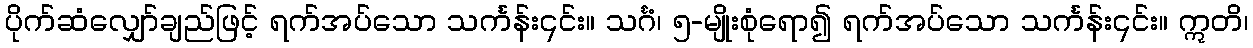
ပိုက်ဆံလျှော်ချည်ဖြင့် ရက်အပ်သော သင်္ကန်း၎င်း။ သင်္ဂံ၊ ၅-မျိုးစုံရော၍ ရက်အပ်သော သင်္ကန်း၎င်း။ ဣတိ၊